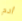
ادم